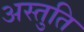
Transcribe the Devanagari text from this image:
अस्तुति